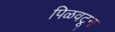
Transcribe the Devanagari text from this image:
पिळवटून